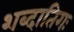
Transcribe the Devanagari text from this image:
शब्दातिगः